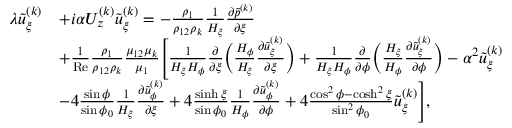
\begin{array} { r l } & { \begin{array} { r l } { \lambda \tilde { u } _ { \xi } ^ { ( k ) } } & { + i \alpha U _ { z } ^ { ( k ) } \tilde { u } _ { \xi } ^ { ( k ) } = - \frac { \rho _ { 1 } } { \rho _ { 1 2 } \rho _ { k } } \frac { 1 } { H _ { \xi } } \frac { \partial \tilde { p } ^ { ( k ) } } { \partial \xi } } \\ & { + \frac { 1 } { \mathrm { R e } } \frac { \rho _ { 1 } } { \rho _ { 1 2 } \rho _ { k } } \frac { \mu _ { 1 2 } \mu _ { k } } { \mu _ { 1 } } \Biggl [ \frac { 1 } { H _ { \xi } H _ { \phi } } \frac { \partial } { \partial \xi } \biggl ( \frac { H _ { \phi } } { H _ { \xi } } \frac { \partial \tilde { u } _ { \xi } ^ { ( k ) } } { \partial \xi } \biggr ) + \frac { 1 } { H _ { \xi } H _ { \phi } } \frac { \partial } { \partial \phi } \biggl ( \frac { H _ { \xi } } { H _ { \phi } } \frac { \partial \tilde { u } _ { \xi } ^ { ( k ) } } { \partial \phi } \biggr ) - \alpha ^ { 2 } \tilde { u } _ { \xi } ^ { ( k ) } } \\ & { - 4 \frac { \sin \phi } { \sin \phi _ { 0 } } \frac { 1 } { H _ { \xi } } \frac { \partial \tilde { u } _ { \phi } ^ { ( k ) } } { \partial \xi } + 4 \frac { \sinh \xi } { \sin \phi _ { 0 } } \frac { 1 } { H _ { \phi } } \frac { \partial \tilde { u } _ { \phi } ^ { ( k ) } } { \partial \phi } + 4 \frac { \cos ^ { 2 } \phi - \cosh ^ { 2 } \xi } { \sin ^ { 2 } \phi _ { 0 } } \tilde { u } _ { \xi } ^ { ( k ) } \Biggr ] , } \end{array} } \end{array}